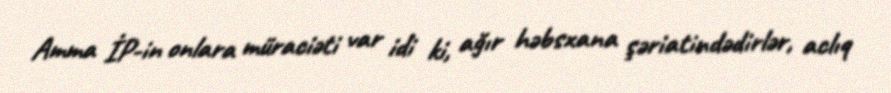
Amma İP-in onlara müraciəti var idi ki, ağır həbsxana şəriatindədirlər, aclıq